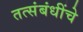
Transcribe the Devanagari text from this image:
तत्संबंधींचे